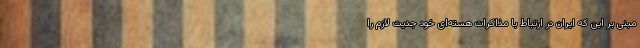
مبنی بر این که ایران در ارتباط با مذاکرات هسته‌ای خود جدیت لازم را